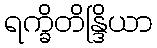
ရက္ခိတိန္ဒြိယာ